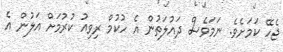
ޖެހޭ ކަމަށެވެ. ނަމަވެސް ދައުލަތުން އެ ހުކުމް ރިވިއު ކުރުމަށް އަލުން އެ